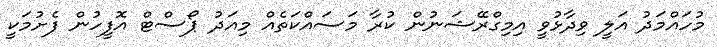
މުހައްމަދު އަލީ ވިދާޅުވީ އިމިގްރޭޝަނުން ކުރާ މަސައްކަތެއް މިއަދު ޕޯސްޓް އޮފީހުން ފެށުމަކީ